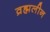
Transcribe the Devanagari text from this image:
व्रह्मलीन